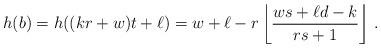
LaTeX: \begin{align*}h(b)=h((kr+w)t+\ell)=w+\ell-r\left\lfloor \frac{ws+\ell d -k}{rs+1}\right\rfloor \, .\end{align*}